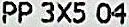
PP 3X5 04